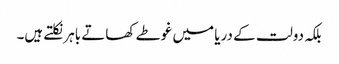
بلکہ دولت کے دریا میں غوطے کھاتے باہر نکلتے ہیں۔